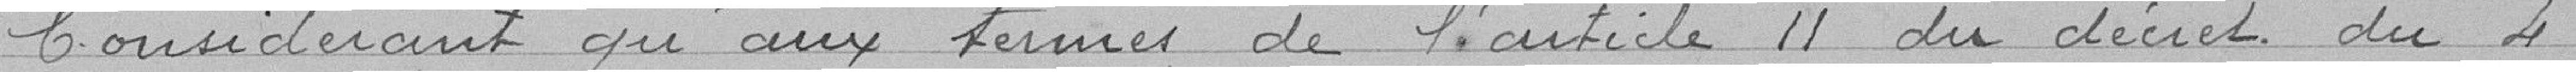
Considérant qu'aux termes de l'article 11 du décret du 4